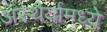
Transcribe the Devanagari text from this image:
अस्थैर्यामध्ये